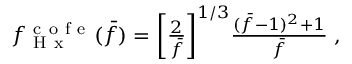
\begin{array} { r } { f _ { \mathrm { ~ H ~ x ~ } } ^ { \mathrm { ~ c ~ o ~ f ~ e ~ } } ( \bar { f } ) = \bigg [ \frac { 2 } { \bar { f } } \bigg ] ^ { 1 / 3 } \frac { ( \bar { f } - 1 ) ^ { 2 } + 1 } { \bar { f } } \; , } \end{array}